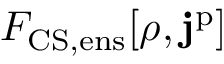
F _ { \mathrm { C S , e n s } } [ \rho , \mathbf { j } ^ { \mathrm { p } } ]